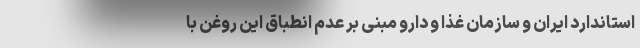
استاندارد ایران و سازمان غذا و دارو مبنی بر عدم انطباق این روغن با